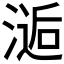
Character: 𰜫